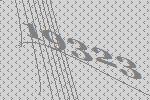
19323